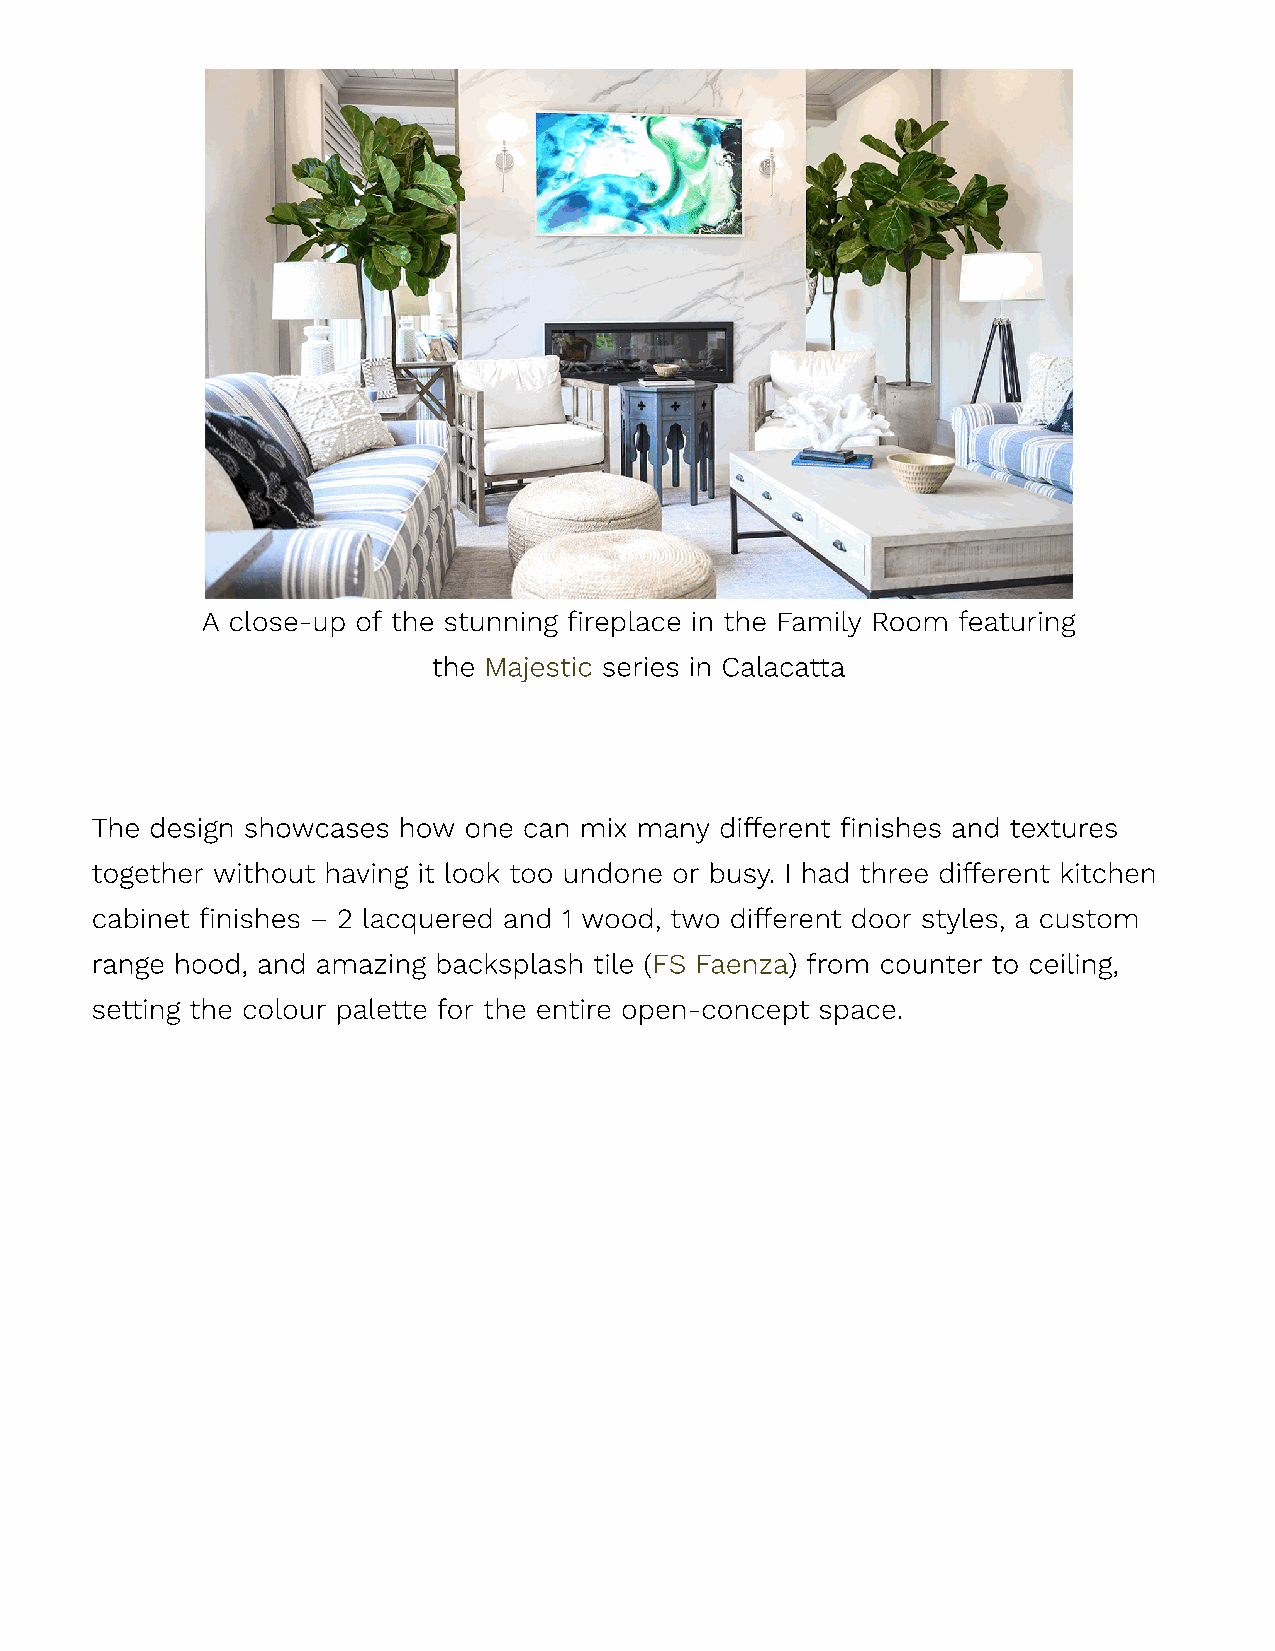
A close-up of the stunning fireplace in the Family Room featuring
 the Majestic series in Calacatta
 The design showcases how one can mix many different finishes and textures
 together without having it look too undone or busy. I had three different kitchen
 cabinet finishes – 2 lacquered and 1 wood, two different door styles, a custom
 range hood, and amazing backsplash tile (FS Faenza) from counter to ceiling,
 setting the colour palette for the entire open-concept space.